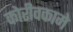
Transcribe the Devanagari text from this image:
कोरीवकामे